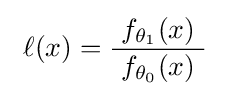
\ \ell (x)={\frac {f_{\theta _{1}}(x)}{\ f_{\theta _{0}}(x)\ }}~